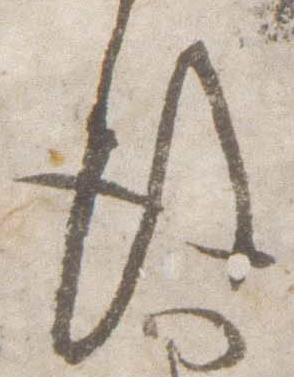
後